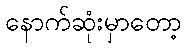
နောက်ဆုံးမှာတော့